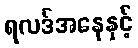
ရလဒ်အနေနှင့်